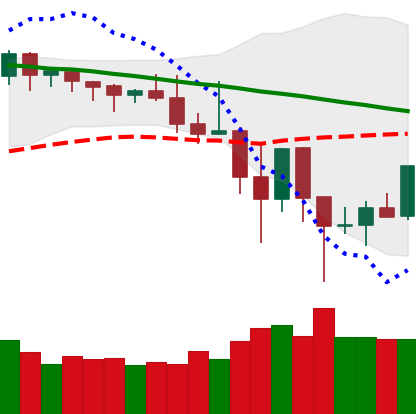
Ticker: DOGE-USD
Chart end date: 2019-11-29
Forward return: -10.098%
Label: down_7plus